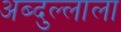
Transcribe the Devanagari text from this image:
अब्दुल्लाला